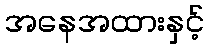
အနေအထားနှင့်